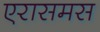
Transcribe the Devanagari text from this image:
एरासमस